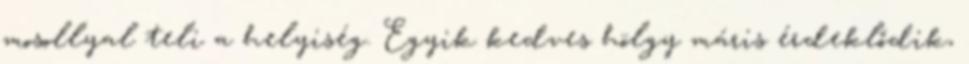
mosollyal teli a helyiség. Egyik kedves hölgy máris érdeklődik,